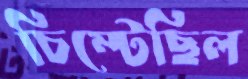
চিম্‌টেছিল